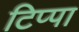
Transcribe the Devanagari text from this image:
टिप्पा